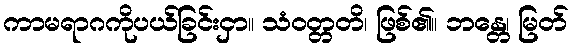
ကာမရာဂကိုပယ်ခြင်းငှာ။ သံဝတ္တတိ၊ ဖြစ်၏။ ဘန္တေ၊ မြတ်